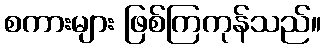
စကားများ ဖြစ်ကြကုန်သည်။